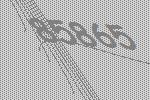
85865